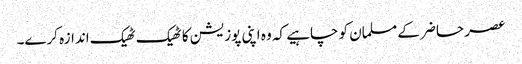
عصر حاضر کے مسلمان کو چاہیے کہ وہ اپنی پوزیشن کا ٹھیک ٹھیک اندازہ کرے۔